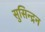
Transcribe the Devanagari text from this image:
सुसिन्द्रन